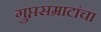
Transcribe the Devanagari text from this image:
गुप्तसम्राटांचा